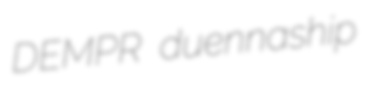
DEMPR duennaship